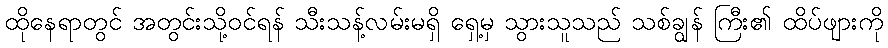
ထိုနေရာတွင် အတွင်းသို့ဝင်ရန် သီးသန့်လမ်းမရှိ ရှေ့မှ သွားသူသည် သစ်ချွန် ကြီး၏ ထိပ်ဖျားကို